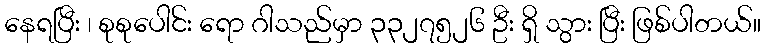
နေရပြီး ၊ စုစုပေါင်း ရော ဂါသည်မှာ ၃၃၂၇၅၂၆ ဦး ရှိ သွား ပြီး ဖြစ်ပါတယ်။